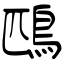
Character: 鴄